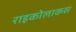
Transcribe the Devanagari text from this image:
राइकोलाकस